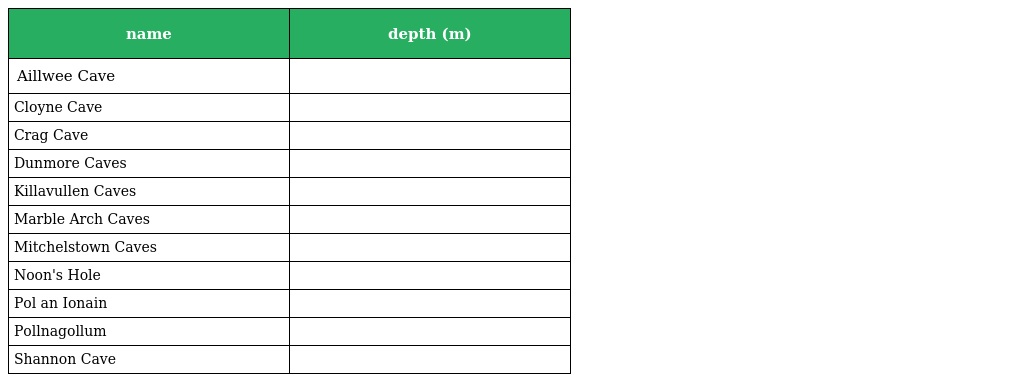
| name | depth (m) |
 | --- | --- |
 | Aillwee Cave |  |
 | Cloyne Cave |  |
 | Crag Cave |  |
 | Dunmore Caves |  |
 | Killavullen Caves |  |
 | Marble Arch Caves |  |
 | Mitchelstown Caves |  |
 | Noon's Hole |  |
 | Pol an Ionain |  |
 | Pollnagollum |  |
 | Shannon Cave |  |